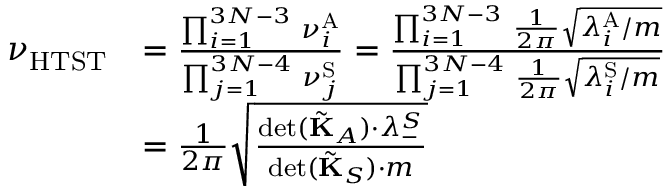
\begin{array} { r l } { \nu _ { \mathrm { H T S T } } } & { = \frac { \prod _ { i = 1 } ^ { 3 N - 3 } \, \nu _ { i } ^ { \mathrm { A } } } { \prod _ { j = 1 } ^ { 3 N - 4 } \, \nu _ { j } ^ { \mathrm { S } } } = \frac { \prod _ { i = 1 } ^ { 3 N - 3 } \, \frac { 1 } { 2 \pi } \sqrt { \lambda _ { i } ^ { \mathrm { A } } / m } } { \prod _ { j = 1 } ^ { 3 N - 4 } \, \frac { 1 } { 2 \pi } \sqrt { \lambda _ { i } ^ { \mathrm { S } } / m } } } \\ & { = \frac { 1 } { 2 \pi } \sqrt { \frac { \operatorname* { d e t } ( \tilde { \mathbf { K } } _ { A } ) \cdot \lambda _ { - } ^ { S } } { \operatorname* { d e t } ( \tilde { \mathbf { K } } _ { S } ) \cdot m } } } \end{array}